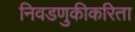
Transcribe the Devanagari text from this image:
निवडणुकीकरिता